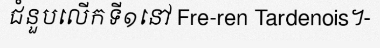
ជំនួបលើកទី១នៅ Fre-ren Tardenois។-